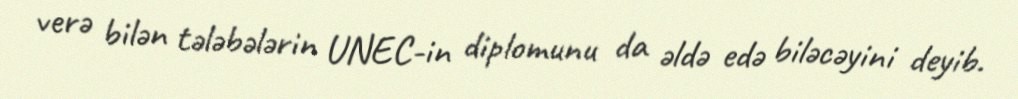
verə bilən tələbələrin UNEC-in diplomunu da əldə edə biləcəyini deyib.